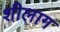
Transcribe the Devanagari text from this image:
शीलाग